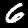
Digit: 6